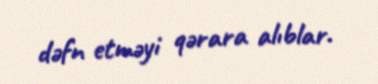
dəfn etməyi qərara alıblar.